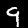
Label: 9